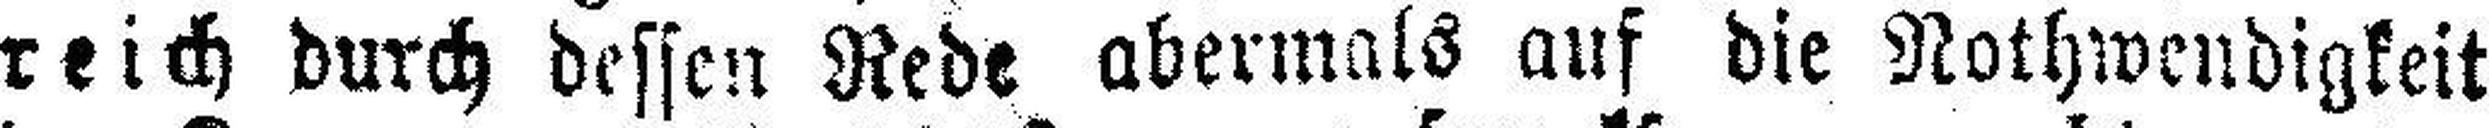
reich durch dessen Rede abermals auf die Nothwendigkeit